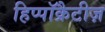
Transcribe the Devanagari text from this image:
हिप्पॉक्रैटीज़